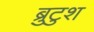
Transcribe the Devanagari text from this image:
ब्रुटुश